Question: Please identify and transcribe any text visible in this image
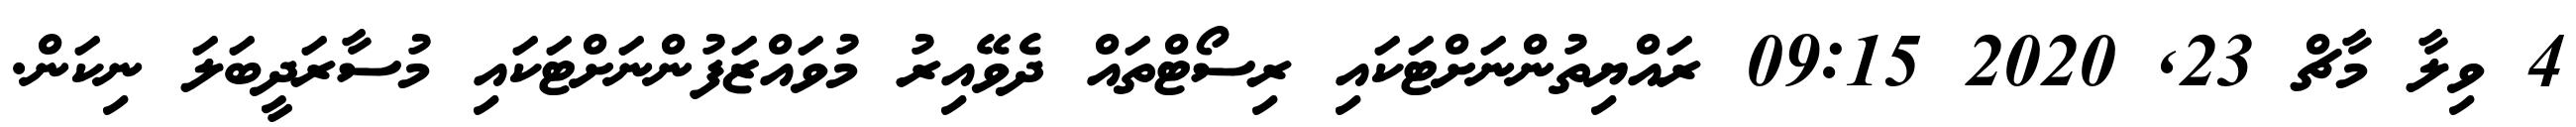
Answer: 4 ވިލާ މާޗް 23, 2020 09:15 ރައްޔިތުންނަށްޓަކައި ރިސޯޓްތައް ދެވޭއިރު މުވައްޒަފުންނަށްޓަކައި މުސާރަދީބަލަ ނިކަން.